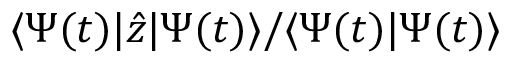
\langle \Psi ( t ) \vert \hat { z } \vert \Psi ( t ) \rangle / \langle \Psi ( t ) \vert \Psi ( t ) \rangle